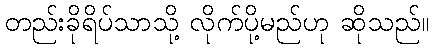
တည်းခိုရိပ်သာသို့ လိုက်ပို့မည်ဟု ဆိုသည်။